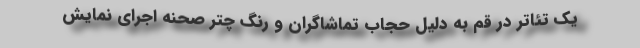
یک تئاتر در قم به دلیل حجاب تماشاگران و رنگ چتر صحنه اجرای نمایش